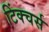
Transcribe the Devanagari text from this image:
टिंक्चर्स